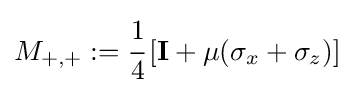
M_{+,+}:={\cfrac {1}{4}}\left[\mathbf {I} +\mu (\sigma _{x}+\sigma _{z})\right]